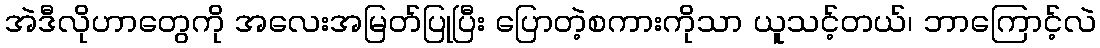
အဲဒီလိုဟာတွေကို အလေးအမြတ်ပြုပြီး ပြောတဲ့စကားကိုသာ ယူသင့်တယ်၊ ဘာကြောင့်လဲ